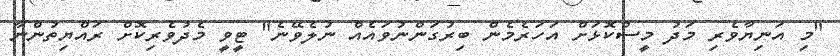
"މި އަނިޔާވެރި މަދު މީސްކޮޅަށް އަހަރެމެން ބިރުގަންނުވައެއް ނުލެވޭނެ" ޓީވީ މެދުވެރިކޮށް ރައްޔިތުންނާ